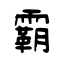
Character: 霸